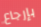
بإرجاع